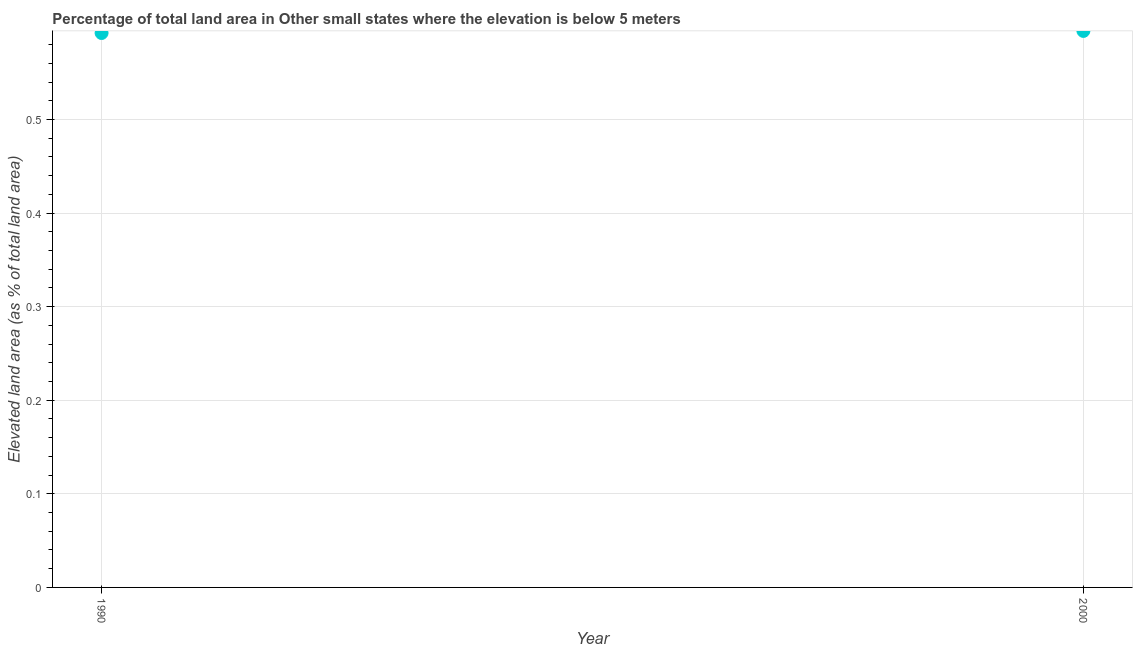
| Year | Land area |
 | --- | --- |
 | 1990 | 0.592 |
 | 2000 | 0.595 |